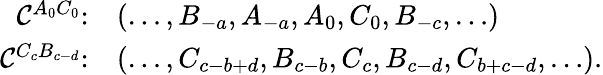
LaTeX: \begin{array}{rl}{\mathcal{C}^{A_{0}C_{0}}\colon}&{(\ldots,B_{-a},A_{-a},A_{0},C_{0},B_{-c},\ldots)}\\ {\mathcal{C}^{C_{c}B_{c-d}}\colon}&{(\ldots,C_{c-b+d},B_{c-b},C_{c},B_{c-d},C_{b+c-d},\ldots).}\end{array}